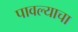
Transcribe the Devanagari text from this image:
पावल्याचा